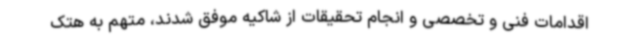
اقدامات فنی و تخصصی و انجام تحقیقات از شاکیه موفق شدند، متهم به هتک